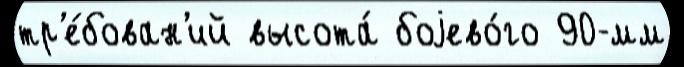
тр'е́бован'ий высота́ боjево́го 90-мм